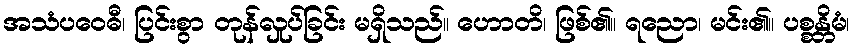
အသံပဝေဓီ၊ ပြင်းစွာ တုန်လှုပ်ခြင်း မရှိသည်။ ဟောတိ၊ ဖြစ်၏။ ရညော၊ မင်း၏။ ပစ္စန္တိမံ၊